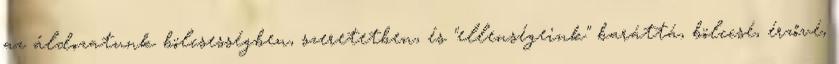
az áldozatunk bölcsességben, szeretetben, és "ellenségeink" baráttá, bölccsé, érzővé,